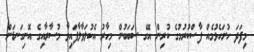
މިފަދަ ހުށަހެޅުމެއް ފާސްކުރުމުގެ ކުރިން އޭގެ ސަބަބުން މިހާރު އެކުލަވާލާފައިވާ މުސާރާއިގެ އޮނިގަނޑަށް